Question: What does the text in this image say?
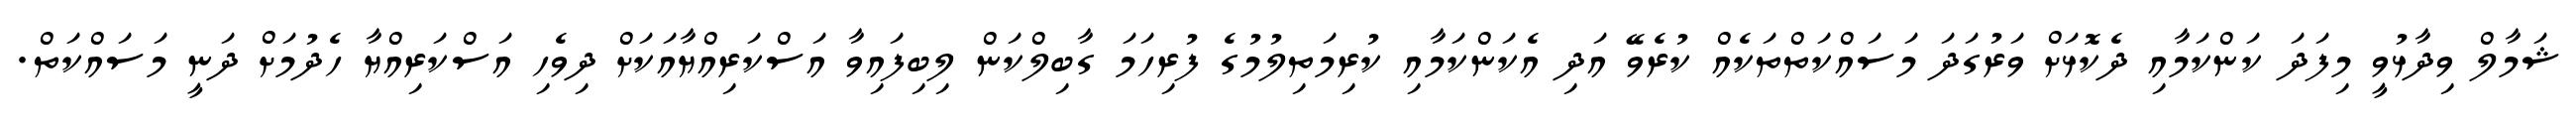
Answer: ޝަމާލް ވިދާޅުވީ މިފަދަ ކަންކަމާއި ދެކޮޅަށް ވަރުގަދަ މަސައްކަތްތަކެއް ކުރެވޭ އަދި އެކަންކަމާއި ކުރިމަތިލުމުގެ ފުރިހަމަ ގާބިލްކަން ލިބިފައިވާ އަސްކަރިއްޔާއަކަށް ދިވެހި އަސްކަރިއްޔާ ހެދުމަށް ދަނީ މަސައްކަތް.